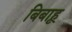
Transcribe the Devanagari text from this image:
बिबाहू